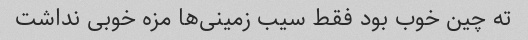
ته چین خوب بود فقط سیب زمینی‌ها مزه خوبی نداشت